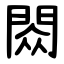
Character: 閦